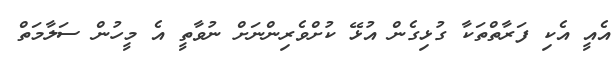
އެއީ އެކި ފަރާތްތަކާ ގުޅިގެން އުޅޭ ކުށްވެރިންނަށް ނުވާތީ އެ މީހުން ސަލާމަތް